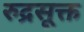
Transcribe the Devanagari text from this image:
रुद्रसूक्त